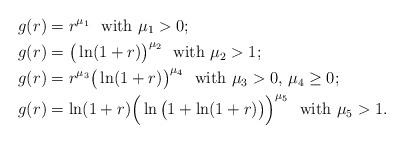
LaTeX: \begin{align*}& g(r)=r^{\mu_{1}} \ \ \mbox{with}\ \mu_{1}>0; \\& g(r)=\big(\ln(1+r)\big)^{\mu_{2}} \ \ \mbox{with}\ \mu_{2}>1;\\& g(r)=r^{\mu_{3}}\big(\ln(1+r)\big)^{\mu_{4}} \ \ \mbox{with}\ \mu_{3}>0,\, \mu_{4}\geq0;\\& g(r)=\ln(1+r)\Big(\ln\big(1+\ln(1+r)\big)\Big)^{\mu_{5}} \ \ \mbox{with}\ \mu_{5}>1.\end{align*}